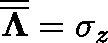
\overline { { \overline { { \mathbf { \Lambda } } } } } = \sigma _ { z }